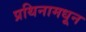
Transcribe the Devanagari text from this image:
प्रथिनामधून